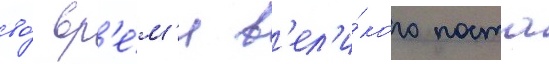
во́ вр'е́м'я в'ел'и́кого поста